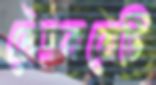
রৌদ্রকরোটি